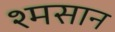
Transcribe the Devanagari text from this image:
श्मसान